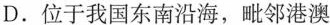
D.位于我国东南沿海，毗邻港澳